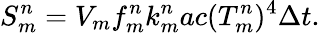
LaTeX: S_{m}^{n}=V_{m}f_{m}^{n}k_{m}^{n}ac(T_{m}^{n})^{4}\Delta t.